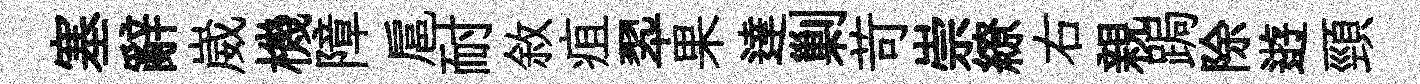
塞辭崴機障扈耐敘疽翆果達剿苛崇繚右親跼除逰頸